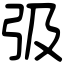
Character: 𢎽